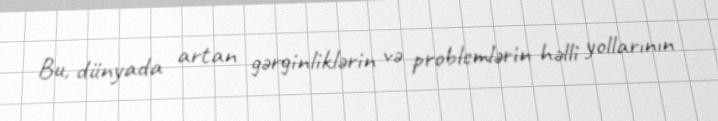
Bu, dünyada artan gərginliklərin və problemlərin həlli yollarının